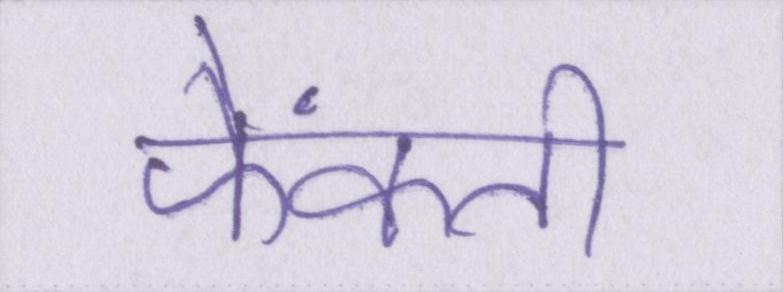
फेंकती